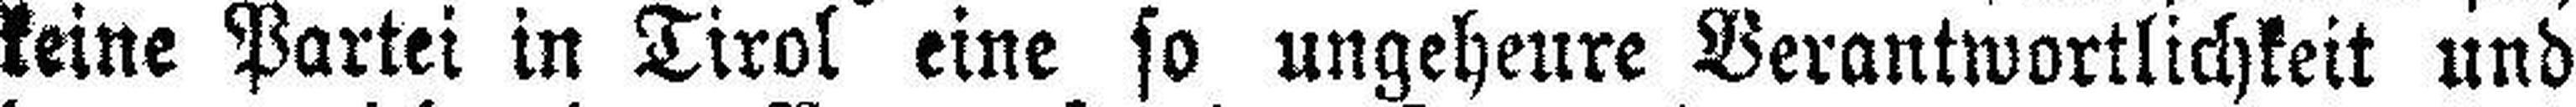
keine Partei in Tirol eine so ungeheure Verantwortlichkeit und